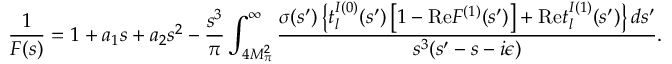
\frac { 1 } { F ( s ) } = 1 + a _ { 1 } s + a _ { 2 } s ^ { 2 } - \frac { s ^ { 3 } } { \pi } \int _ { 4 M _ { \pi } ^ { 2 } } ^ { \infty } \frac { \sigma ( s ^ { \prime } ) \left\{ t _ { l } ^ { I ( 0 ) } ( s ^ { \prime } ) \left[ 1 - \mathrm { R e } F ^ { ( 1 ) } ( s ^ { \prime } ) \right] + \mathrm { R e } t _ { l } ^ { I ( 1 ) } ( s ^ { \prime } ) \right\} d s ^ { \prime } } { s ^ { 3 } ( s ^ { \prime } - s - i \epsilon ) } .